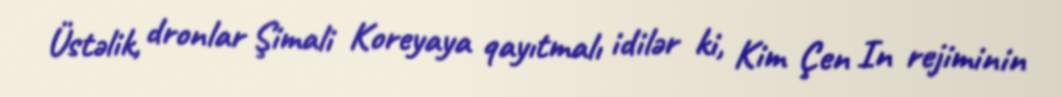
Üstəlik, dronlar Şimali Koreyaya qayıtmalı idilər ki, Kim Çen In rejiminin